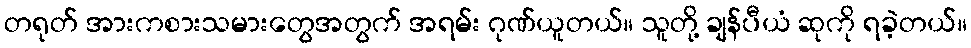
တရုတ် အားကစားသမားတွေအတွက် အရမ်း ဂုဏ်ယူတယ်။ သူတို့ ချန်ပီယံ ဆုကို ရခဲ့တယ်။